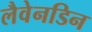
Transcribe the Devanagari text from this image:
लैवेनडिन